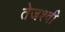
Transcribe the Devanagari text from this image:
तेजश्वी